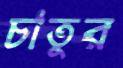
চাতুর